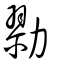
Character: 勠